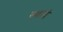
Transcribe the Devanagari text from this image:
मथाये